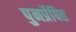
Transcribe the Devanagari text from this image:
पुनर्प्रेषित